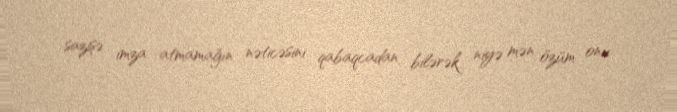
sazişə imza atmamağın nəticəsini qabaqcadan bilərək niyə mən özüm onu